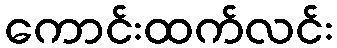
ကောင်းထက်လင်း